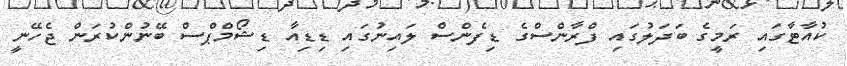
ކުއާޓާގައި ރަމީގެ ބަދަލުގައި ފްރާންސްގެ ޑިފެންސް ލައިނުގައި ޑިޑިއާ ޑިޝޯމްޕްސް ބޭނުންކުރަން ޖެހޭނީ